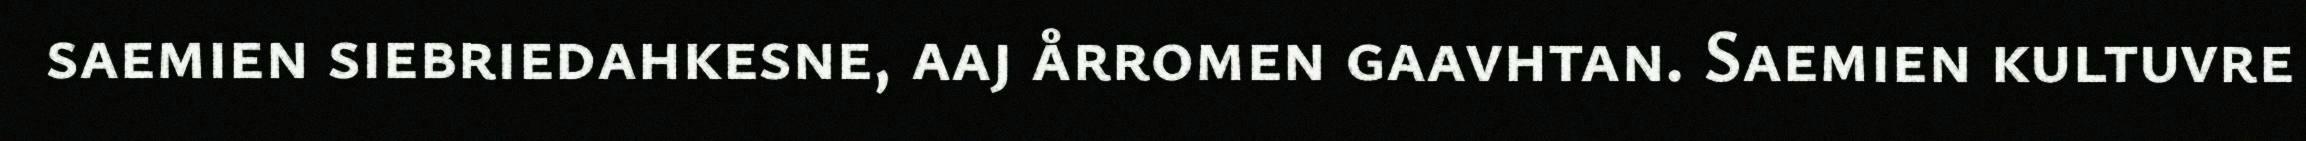
saemien siebriedahkesne, aaj årromen gaavhtan. Saemien kultuvre